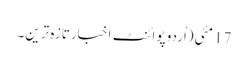
17 مئی(اُردو پوائنٹ اخبارتازہ ترین۔